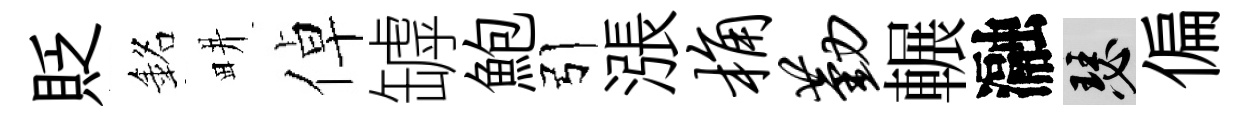
貶銘畊倬罅鮑引漲桷勤輾瀜瑟偏